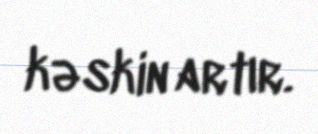
kəskin artır.